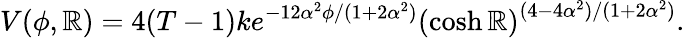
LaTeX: V(\phi,\mathbb{R})=4(T-1)ke^{-12\alpha^{2}\phi/(1+2\alpha^{2})}\left(\cosh\mathbb{R}\right)^{(4-4\alpha^{2})/(1+2\alpha^{2})}.